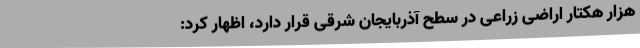
هزار هکتار اراضی زراعی در سطح آذربایجان شرقی قرار دارد، اظهار کرد: